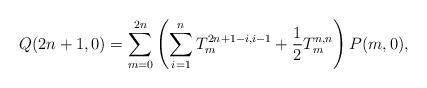
LaTeX: \begin{align*}Q(2n+1,0) = \sum_{m=0}^{2n} \left( \sum_{i=1}^nT^{2n+1-i,i-1}_m + \frac12 T^{n,n}_m \right)P(m,0), \end{align*}